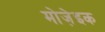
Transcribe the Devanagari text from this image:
मोजे़इक